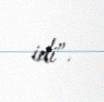
idi”.